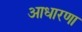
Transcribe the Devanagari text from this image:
आधारणा